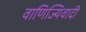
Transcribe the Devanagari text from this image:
वाणिज्यिवादी